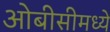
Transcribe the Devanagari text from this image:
ओबीसीमध्ये